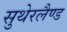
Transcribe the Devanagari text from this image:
सुथेरलैण्ड